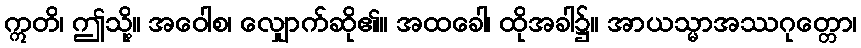
ဣတိ၊ ဤသို့။ အဝေါစ၊ လျှောက်ဆို၏။ အထခေါ၊ ထိုအခါ၌။ အာယသ္မာအဿဂုတ္တော၊